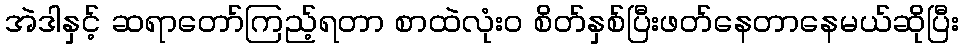
အဲဒါနှင့် ဆရာတော်ကြည့်ရတာ စာထဲလုံး၀ စိတ်နှစ်ပြီးဖတ်နေတာနေမယ်ဆိုပြီး